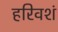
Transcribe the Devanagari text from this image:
हरिवशं